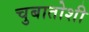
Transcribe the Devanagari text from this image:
चुबातोशी